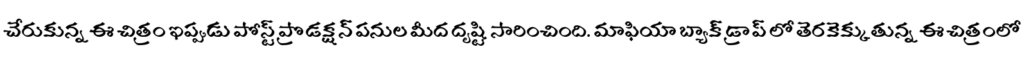
చేరుకున్న ఈ చిత్రం ఇప్పుడు పోస్ట్ ప్రొడక్షన్ పనుల మీద దృష్టి సారించింది. మాఫియా బ్యాక్ డ్రాప్ లో తెరకెక్కుతున్న ఈ చిత్రంలో